Indian journal of veterinary science and animal husbandry - Volumes 15-17, 1948-1951
Year: 1948
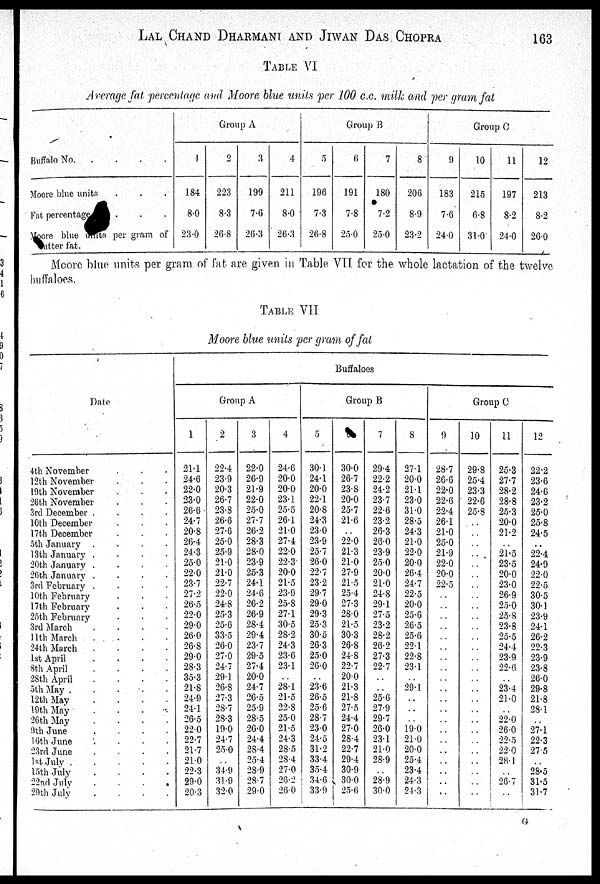
LAL CHAND DHARMANI AND JIWAN DAS CHOPRA 163
TABLE VI
Average fat percentage and Moore blue units per 100 c.c. milk and per gram fat
Buffalo No
Moore blue units . . .
Fat percentage
Moore blue units per gram of
atter fat.
Group A
1
184
8.0
23.0
2
223
8.3
26.8
3
199
7.6
26.3
4
211
8.0
26.3
Group B
5
196
7.3
26.8
6
191
7.8
25.0
7
180
7.2
25.0
8
206
8.9
23.2
Group C
9
183
7.6
24.0
10
215
6.8
31.0
11
197
8.2
24.0
12
213
8.2
26.0
Moore blue units per gram of fat. are given in Table VII for the whole lactation of the twelve
buffaloes.
TABLE VII
Moore blue units per gram of fat
Date
4th November . . .
12th November. . .
19th November. . .
26th November. . .
3rd December
....
10th December. . .
17th December. . .
5th January .
.
.
.
13th January .
.
.
.
20th January
....
26th January
....
3rd February
....
10th February. . .
17th February. . .
25th February. . .
3rd March
.
.
.
.
11th March . . .
24th March
.
.
.
1st April
.
.
.
.
8th April
.
.
.
28th April
....
5th May
.....
12th May . . .
19th May . . .
26th May . . .
9th June
....
16th June . . .
23rd June
.
.
.
1stJuly
.
.
.
15th July . . .
22nd July . . .
29th July
.
.
.
Buffaloes
Group A
1
21.1
24.6
22.0
23.0
26.6
24.7
20.8
26.4
24.3
25.0
22.0
23.7
27.2
26.5
22.0
29.0
26.0
26.8
29.0
28.3
35.3
21.8
24.9
24.1
26.5
22.0
22.7
21.7
21.0
22.3
29.0
20.3
2
22.4
23.9
20.3
26.7
23.8
26.6
27.6
25.0
25.9
21.0
21.0
22.7
22.0
24.8
25.3
25.6
33.5
26.0
27.0
24.7
29.1
26.8
27.3
28.7
28.3
19.0
24.7
20.0
. .
34.9
31.9
32.0
3
22.0
26.9
21.9
22.0
25.0
27.7
26.2
28.3
28.0
23.9
25.3
24.1
24.6
26.2
26.9
28.4
29.4
23.7
29.5
27.4
20.0
24.7
26.5
25.9
28.5
26.0
24.4
28.4
25.4
28.9
28.7
29.0
4
24.6
20.0
20.0
23.1
25.5
26.1
21.0
27.4
22.0
22.3
20.0
21.5
23.9
25.8
27.1
30.5
28.2
24.3
23.6
23.1
. .
28.1
21.5
22.8
25.0
21.5
24.3
28.5
28.4
27.0
26.2
26.0
Group B
5
30.1
24.1
20.0
22.1
20.8
24.3
23.0
23.9
25.7
26.0
22.7
23.2
29.7
29.0
29.3
25.3
30.5
26.3
25.0
26.0
. .
23.6
26.5
25.6
28.7
23.0
24.5
31.2
33.4
35.4
34.6
33.9
6
30.0
26.7
23.8
20.0
25.7
21.6
. .
22.0
21.3
21.0
27.9
21.5
25.4
27.3
28.0
21.5
30.3
26.8
24.8
22.7
20.0
21.3
21.8
27.5
24.4
27.0
28.4
22.7
29.4
30.9
30.0
25.6
7
29.4
22.2
24.2
23.7
22.6
23.2
26.3
26.0
23.9
25.0
20.0
21.0
24.8
29.1
27.5
23.2
28.2
26.2
27.3
22.7
. .
. .
25.6
27.9
29.7
26.0
23.1
21.0
28.9
. .
28.9
30.0
8
27.1
20.0
21.1
23.0
31.0
28.5
24.3
21.0
22.0
20.0
26.4
24.7
22.5
20.0
25.6
26.5
25.6
22.1
22.8
23.1
. .
29.1
. .
. .
. .
19.0
21.0
20.0
25.4
23.4
24.3
24.3
Group C
9
28.7
26.6
22.0
22.6
22.4
26.1
21.0
25.0
21.9
22.0
20.0
22.5
. .
. .
. .
. .
. .
. .
. .
. .
. .. .
. .
. .
. .
. .
. .
. .
. .
. .
. .
. .
10
29.8
25.4
23.3
22.6
25.8
. .
. .
. .
. .
. .
. .
. .
. .
. .
. .
. .
. .
. .
. .
. .
. .
. .
. .
. .
. .
. .
. .
. .
. .
. .
. .
. .
11
25.3
27.7
28.2
28.8
25.3
20.0
21.2
. .
21.5
23.5
20.0
23.0
26.9
25.0
25.8
23.8
25.5
24.4
23.9
22.6
. .
23.4
21.0
. .
22.0
26.0
22.5
22.0
28.1
. .
26.7
. .
12
22.2
23.6
24.6
23.2
25.0
25.8
24.5
. .
22.4
24.9
22.0
22.5
30.5
30.1
23.9
24.1
26.2
22.3
23.9
23.8
26.0
29.8
21.8
28.1
. .
27.1
22.3
27.5
. .
28.5
31.5
31.7
G